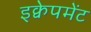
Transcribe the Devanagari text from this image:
इक्वेपमेंट